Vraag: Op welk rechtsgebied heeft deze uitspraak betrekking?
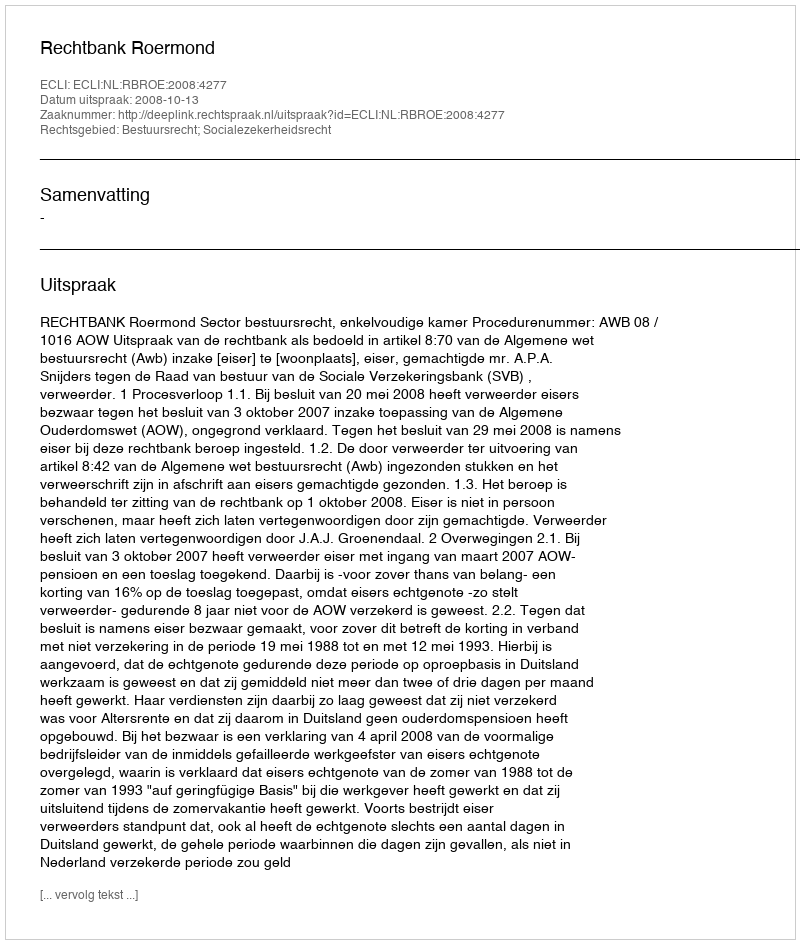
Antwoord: Bestuursrecht; Socialezekerheidsrecht